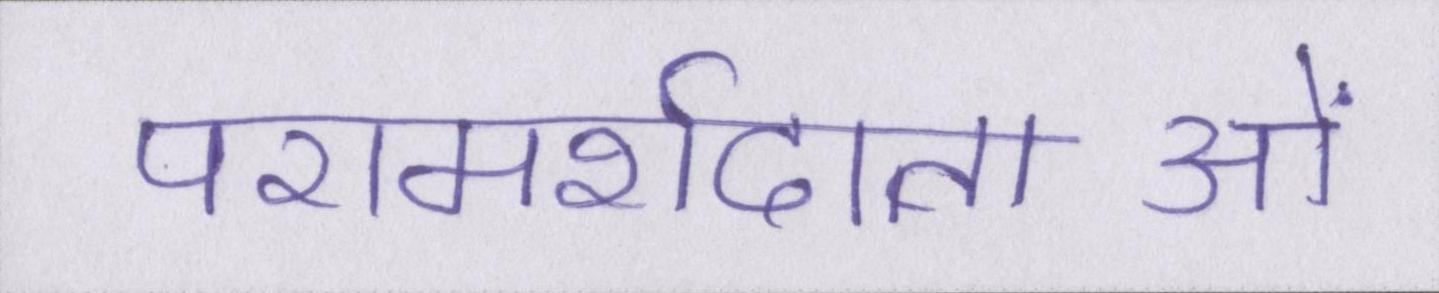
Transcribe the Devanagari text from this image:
परामर्शदाताओं